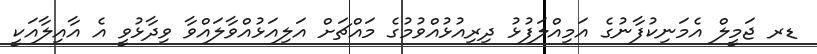
ޑރ ޖަމީލް އެމަނިކުފާނުގެ އަމިއްލަފުޅު ދިރިއުޅުއްވުމުގެ މައްޗަށް އަލިއަޅުއްވާލައްވާ ވިދާޅުވީ އެ އާއިލާއަކީ